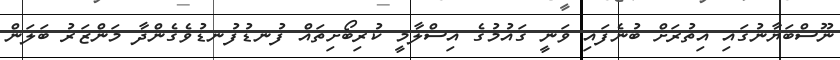
ނޫސްބަޔާނުގައި އިތުރަށް ބުނެފައި ވަނީ ގައުމުގެ އިސްލާމީ ކުރިބޯށިތައް ފުނޑުފުނޑުވެގެންދާ މަންޒަރު ބަލަން